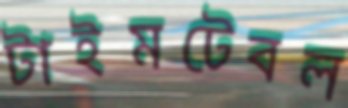
টাইমটেবল